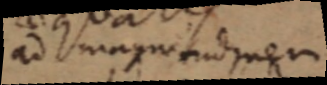
ad magnitudinem